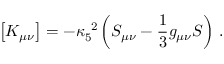
\left[ K _ { \mu \nu } \right] = - \kappa _ { 5 } ^ { ~ 2 } \left( S _ { \mu \nu } - { \frac { 1 } { 3 } } g _ { \mu \nu } S \right) \, .